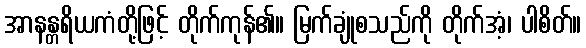
အာနန္တရိယကံတို့ဖြင့် တိုက်ကုန်၏။ မြက်ချုံစသည်ကို တိုက်အံ့၊ ပါစိတ်။